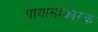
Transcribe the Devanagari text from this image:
पायासीकारक